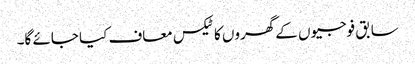
سابق فوجیوں کے گھروں کا ٹیکس معاف کیا جائے گا۔